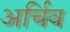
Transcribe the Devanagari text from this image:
अर्चिव